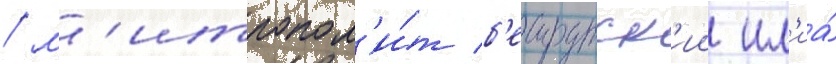
/ м'итропол'и́т б'еирутск'ии ил'иа́